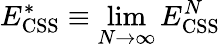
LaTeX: E_{\mathrm{CSS}}^{*}\equiv\operatorname*{lim}_{N\to\infty}E_{\mathrm{CSS}}^{N}